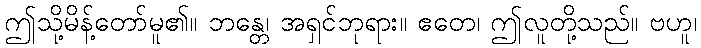
ဤသို့မိန့်တော်မူ၏။ ဘန္တေ၊ အရှင်ဘုရား။ ဧတေ၊ ဤလူတို့သည်။ ဗဟူ၊